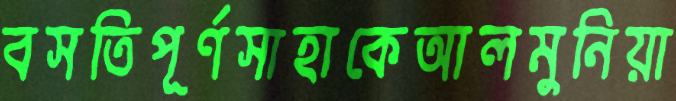
বসতিপূর্ণসাহাকেআলমুনিয়া